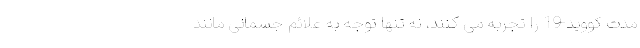
مدت کووید-19 را تجربه می کنند، نه تنها توجه به علائم جسمانی مانند